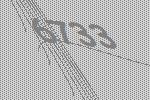
6733